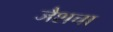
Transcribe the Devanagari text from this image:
जैशचा